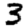
Digit: 3